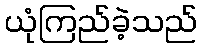
ယုံကြည်ခဲ့သည်